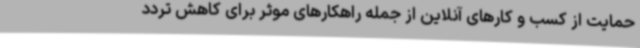
حمایت از کسب و کارهای آنلاین از جمله راهکارهای موثر برای کاهش تردد